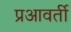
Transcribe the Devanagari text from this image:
प्रआवर्ती